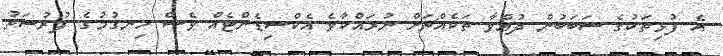
އެ ފުޅިތަކުގެ ސަބަބުން ދުއްވާ ތަކެއްޗަށް ނުރައްކާވެ އެކްސިޑެންޓެއް ވެސް ހިނގުމުގެ ފުރުސަތު